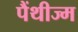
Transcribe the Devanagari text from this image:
पैंथीज्म